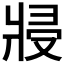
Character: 𭷆